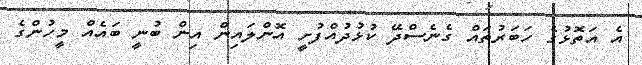
އެ އަތޮޅުގެ ހަބަރުތައް ގެނެސްދޭ ކުޅުދުއްފުށީ އޮންލައިން އިން ބުނީ ބައެއް މީހުންގެ